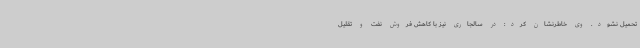
تحمیل نشود. وی خاطرنشان کرد: در سالجاری نیز با کاهش فروش نفت و تقلیل